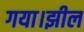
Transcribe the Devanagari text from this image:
गया।झील